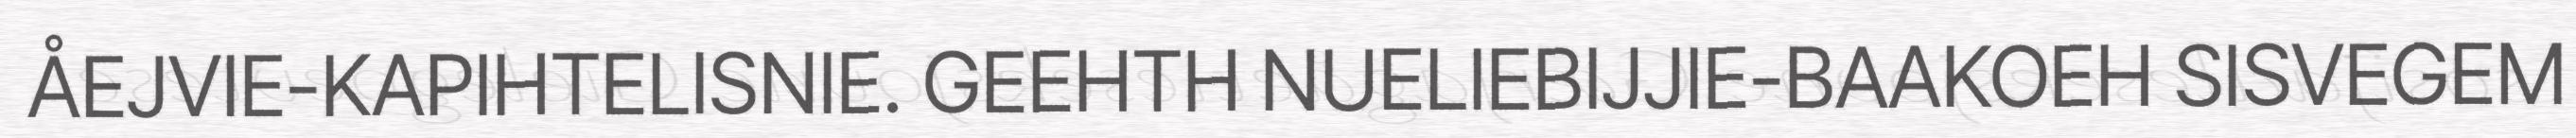
ÅEJVIE-KAPIHTELISNIE. GEEHTH NUELIEBIJJIE-BAAKOEH SISVEGEM